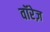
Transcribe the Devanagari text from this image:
वॉरेज़